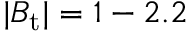
| B _ { \mathrm { t } } | = 1 - 2 . 2